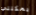
يمكنني